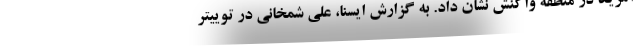
آمریکا در منطقه واکنش نشان داد. به گزارش ایسنا، علی شمخانی در توییتر